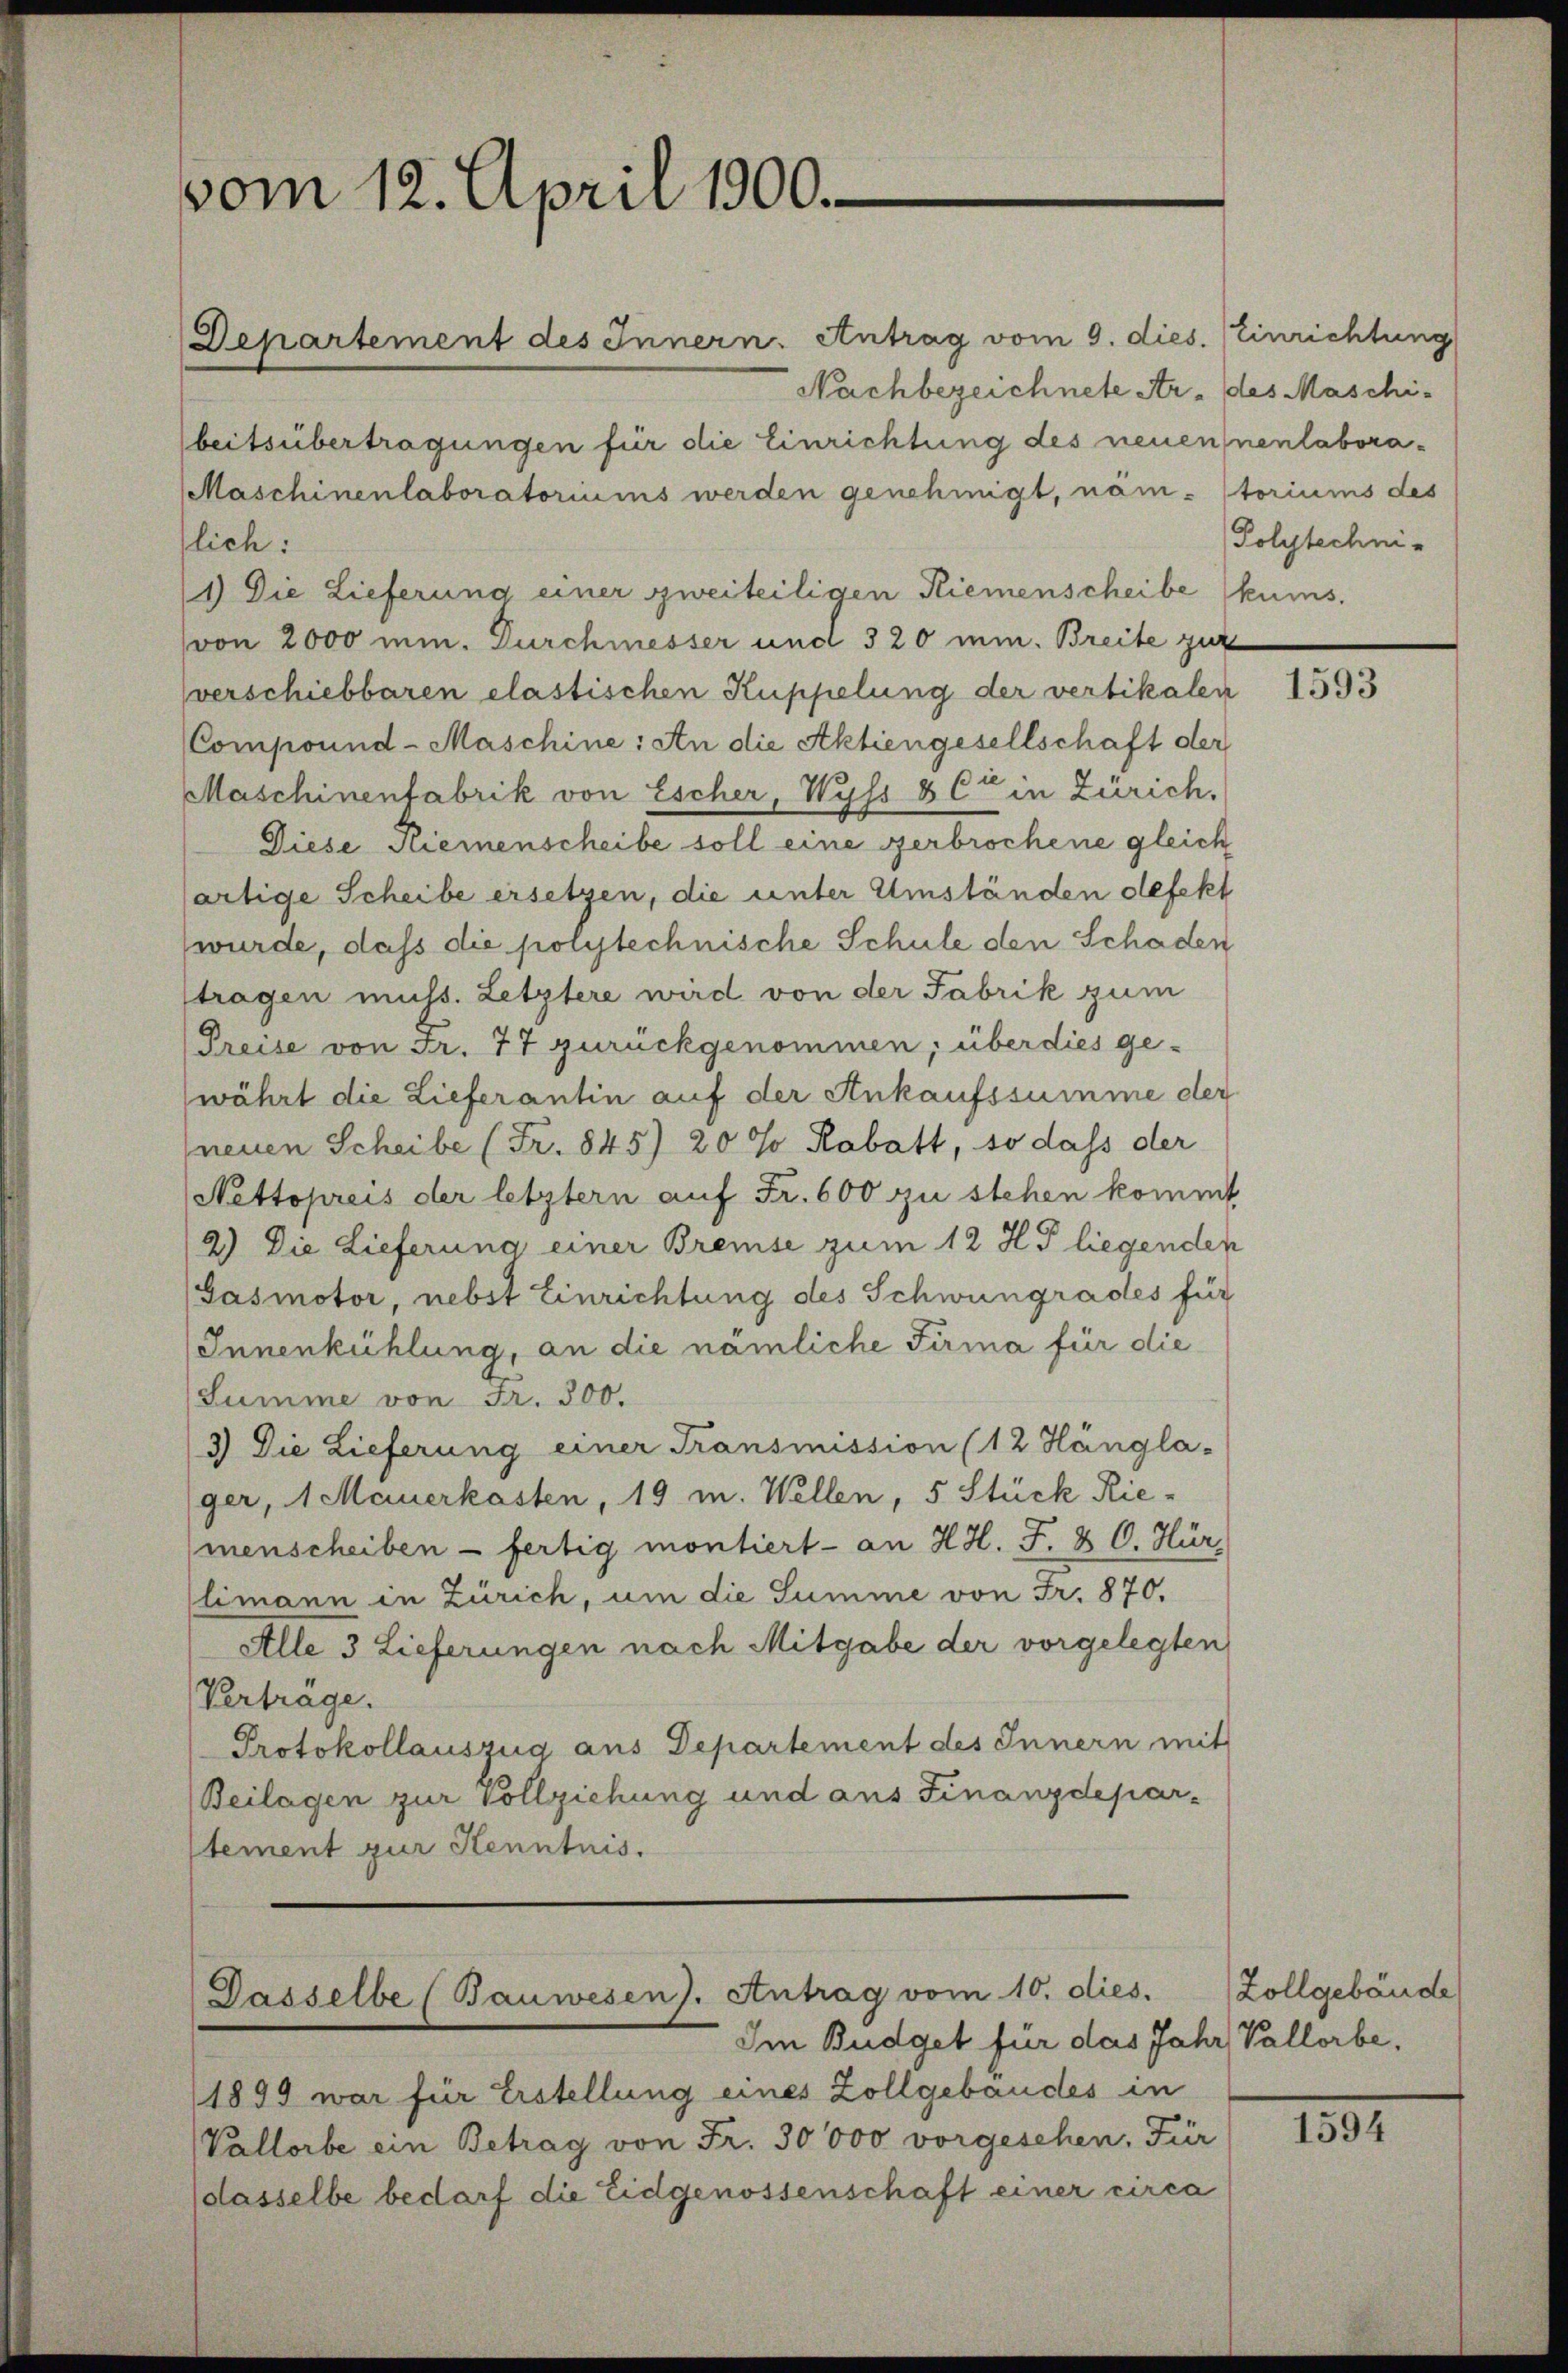
vom 12. April 1900.

Departement des Innern. Antrag vom 9. dies. Einrichtung
Nachbezeichnete Ar- des Maschi-
beitsübertragungen für die Einrichtung des neuennenlabora¬
Maschinenlaboratoriums werden genehmigt, näm- storiums des
lich:
1) Die Lieferung einer zweiteiligen Riemenscheibe (kums,
von 2000 min. Durchmesser und 320 min. Breite zur
verschiebbaren elastischen Kuppelung der vertikalen
Compound- Maschine: An die Aktiengesellschaft der
Maschinentabrik von Escher, Wyss 8 C in Zürich.
Diese Riemenscheibe soll eine zerbrochene gleich
artige Scheibe ersetzen, die unter Umständen defekt
(wurde, dass die polytechnische Schule den Schaden
tragen muss. Letztere wird von der Fabrik zum
Preise von Fr. 77 zurückgenommen; über dies ge-
währt die Lieferantin auf der Ankaufssumme der
neuen Scheibe (Fr. 845) 20 % Rabatt, so dass der
Nettopreis der letztern auf Fr. 600 zu stehen kommt
2) Die Lieferung einer Bremise zum 12 Ho liegenden
Gasmotor, nebst Einrichtung des Schwungrades für
Innenkühlung, an die nämliche Firma für die
Summe von Fr. 300.
3) Die Lieferung einer Transmission (12 Hängla-
ger, 1 Mauerkasten, 19 m. Wellen, 5 Stück Riemenscheiben - fertig montiert - an H. H. F. & O. Hür,
Climann in Zürich, um die Summe von Fr. 870.
Alle 3 Lieferungen nach Mitgabe der vorgelegten
Verträge.
Protokollauszug aus Departement des Innern mit
Beilagen zur Vollziehung und aus Finanzdepar-
stement zur Kenntnis.

Dasselbe (Bauwesen. Antrag vom 10. dies.

Im Budget für das Jahr Vallorbe
1899 war für Erstellung eines Zollgebäudes in
Vallorbe ein Betrag von Fr. 30000 vorgesehen, Für
dasselbe bedarf die Eidgenossenschaft einer circa

Polytechni¬

1593

Zollgebäude

181